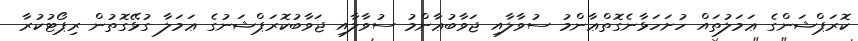
ކޮރަޕްޝަންގެ ޢަމަލުތައް ހުށަހަޅާނެގޮތްޢާންމު ސުވާލާއި ޖަވާބުޢާންމު ސުވާލާއި ޖަވާބުކޮރަޕްޝަނުގެ ޢަމަލާ ގުޅޭގޮތުން ރިޕޯޓުކުރާ